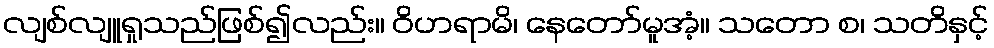
လျစ်လျူရှုသည်ဖြစ်၍လည်း။ ဝိဟရာမိ၊ နေတော်မူအံ့။ သတော စ၊ သတိနှင့်